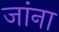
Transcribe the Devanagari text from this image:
जांना